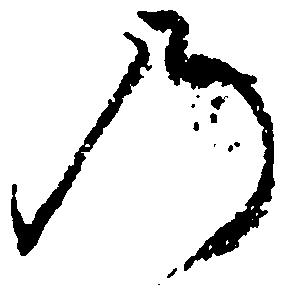
の